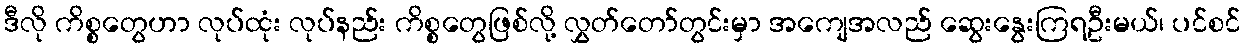
ဒီလို ကိစ္စတွေဟာ လုပ်ထုံး လုပ်နည်း ကိစ္စတွေဖြစ်လို့ လွှတ်တော်တွင်းမှာ အကျေအလည် ဆွေးနွေးကြရဦးမယ်၊ ပင်စင်